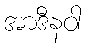
အာဒီနဝါ